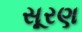
સૂરણ